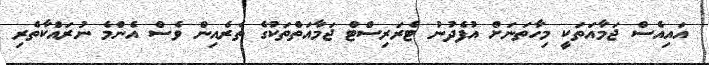
އައިއެސް ޖަމާއަތަކީ މިހާތަނަށް އުފެދުނު ޓެރަރިސްޓް ޖަމާއަތްތަކުގެ ތެރެއިން ވެސް އެންމެ ނުރައްކާތެރި